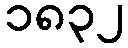
၁၈၃၂